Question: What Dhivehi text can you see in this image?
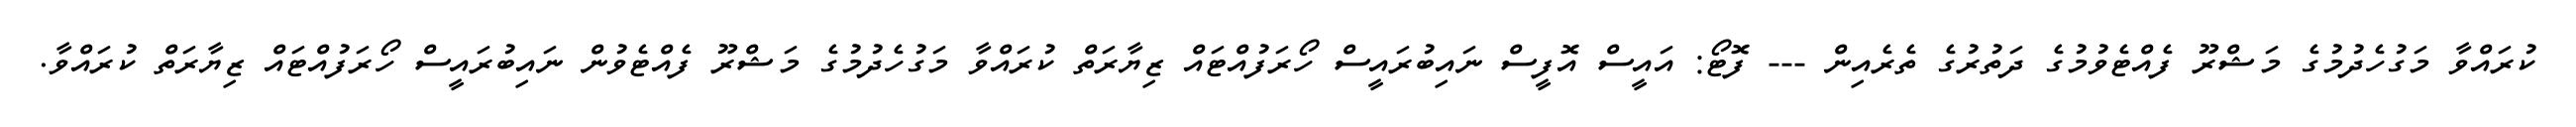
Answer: ކުރައްވާ މަގުހެދުމުގެ މަޝްރޫ ފެއްޓެވުމުގެ ދަތުރުގެ ތެރެއިން --- ފޮޓޯ: އައީސް އޮފީސް ނައިބުރައީސް ހޯރަފުއްޓައް ޒިޔާރަތް ކުރައްވާ މަގުހެދުމުގެ މަޝްރޫ ފެއްޓެވުން ނައިބުރައީސް ހޯރަފުއްޓައް ޒިޔާރަތް ކުރައްވާ.